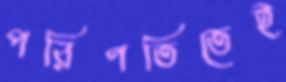
পরিণতিতেই